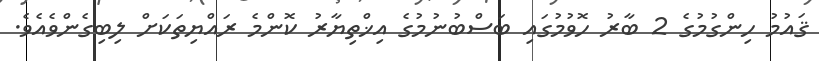
ޤައުމު ހިންގުމުގެ 2 ބާރު ހޮވުމުގައި ބަސްބުނުމުގެ އިޚްތިޔާރު ކޮންމެ ރައްޔިތަކަށް ލިބިގެންވެއެވެ.